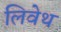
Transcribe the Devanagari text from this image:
लिवेथ